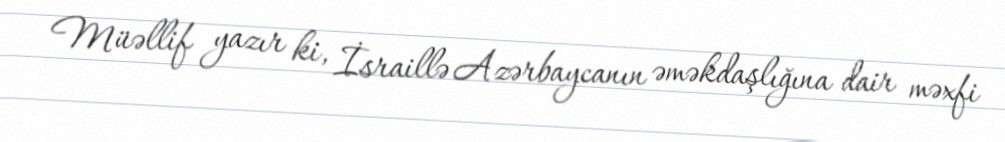
Müəllif yazır ki, İsraillə Azərbaycanın əməkdaşlığına dair məxfi